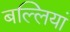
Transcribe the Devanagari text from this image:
बल्लियां